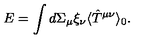
E = \int d \Sigma _ { \mu } \xi _ { \nu } \langle \hat { T } ^ { \mu \nu } \rangle _ { 0 } .